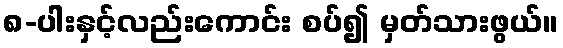
၈-ပါးနှင့်လည်းကောင်း စပ်၍ မှတ်သားဖွယ်။